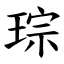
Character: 琮